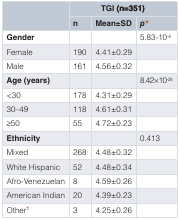
<table><thead><tr><td rowspan="2"></td><td colspan="3"><b>TGI (n=351)</b></td></tr><tr><td><b>n</b></td><td><b>Mean±SD</b></td><td><b><i>p*</i></b></td></tr></thead><tbody><tr><td><b>Gender</b></td><td></td><td></td><td>5.83-10<sup>-6</sup></td></tr><tr><td>Female</td><td>190</td><td>4.41±0.29</td><td></td></tr><tr><td>Male</td><td>161</td><td>4.56±0.32</td><td></td></tr><tr><td><b>Age (years)</b></td><td></td><td></td><td>8.42×10<sup>-28</sup></td></tr><tr><td>&lt;30</td><td>178</td><td>4.31±0.29</td><td></td></tr><tr><td>30–49</td><td>118</td><td>4.61±0.31</td><td></td></tr><tr><td>≥50</td><td>55</td><td>4.72±0.23</td><td></td></tr><tr><td><b>Ethnicity</b></td><td></td><td></td><td>0.413</td></tr><tr><td>Mixed</td><td>268</td><td>4.48±0.32</td><td></td></tr><tr><td>White Hispanic</td><td>52</td><td>4.48±0.34</td><td></td></tr><tr><td>Afro-Venezuelan</td><td>8</td><td>4.59±0.26</td><td></td></tr><tr><td>American Indian</td><td>20</td><td>4.39±0.23</td><td></td></tr><tr><td>Other<sup>¶</sup></td><td>3</td><td>4.25±0.26</td><td></td></tr></tbody></table>